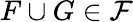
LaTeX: F\cup G\in{\mathcal{F}}